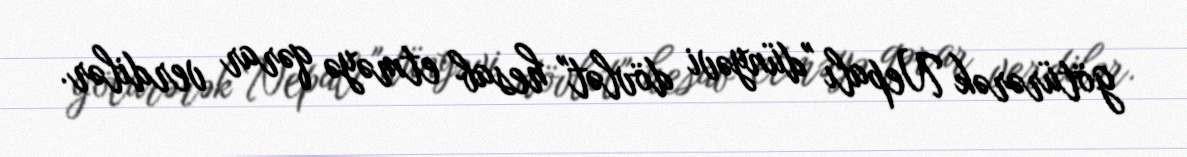
götürərək Nepalı "dünyəvi dövlət" hesab etməyə qərar verdilər.